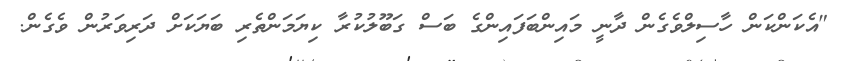
"އެކަންކަން ހާސިލްވެގެން ދާނީ މައިންބަފައިންގެ ބަސް ގަބޫލުކުރާ ކިޔަމަންތެރި ބަޔަކަށް ދަރިވަރުން ވެގެން.